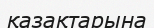
қазақтарына